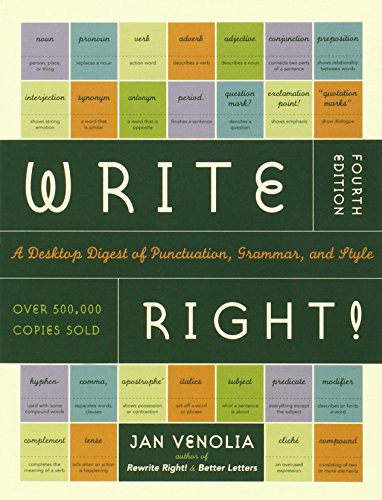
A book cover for Write Right!: A Desktop Digest of Punctuation, Grammar, and Style; Jan Venolia; Reference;